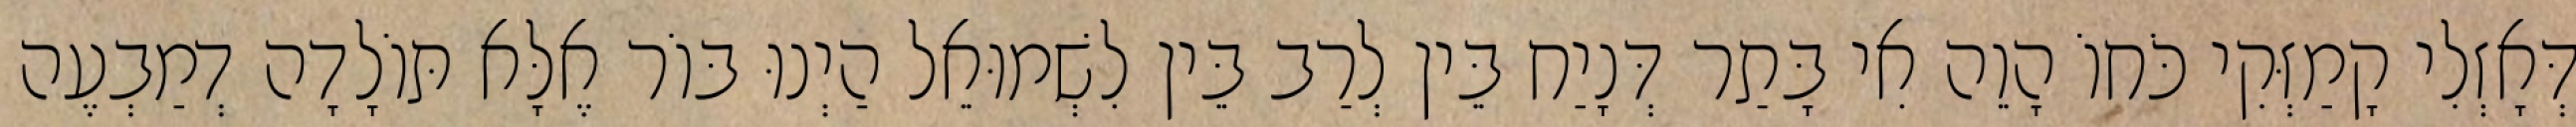
דְּאָזְלִי קָמַזְּקִי כֹּחוֹ הָוֵה אִי בָּתַר דְּנָיַח בֵּין לְרַב בֵּין לִשְׁמוּאֵל הַיְנוּ בּוֹר אֶלָּא תּוֹלָדָה דְמַבְעֶה